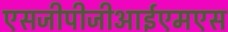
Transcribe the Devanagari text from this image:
एसजीपीजीआईएमएस